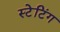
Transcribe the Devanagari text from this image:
स्टेटिंग